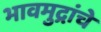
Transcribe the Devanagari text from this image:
भावमुद्रांचे